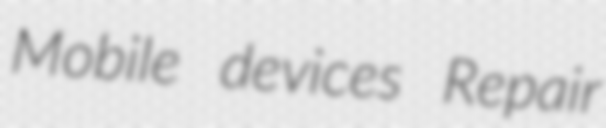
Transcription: Mobile devices Repair